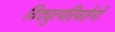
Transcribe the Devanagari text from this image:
विद्युत्परिवर्तनों